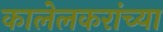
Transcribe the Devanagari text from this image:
कालेलकरांच्या